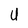
Character: U